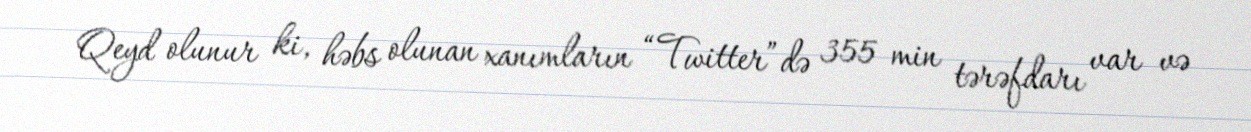
Qeyd olunur ki, həbs olunan xanımların “Twitter”də 355 min tərəfdarı var və